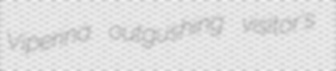
Viperina outgushing visitor's